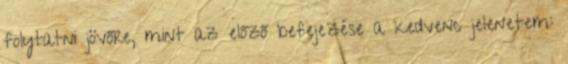
folytatni jövőre, mint az előző befejezése a kedvenc jelenetem: